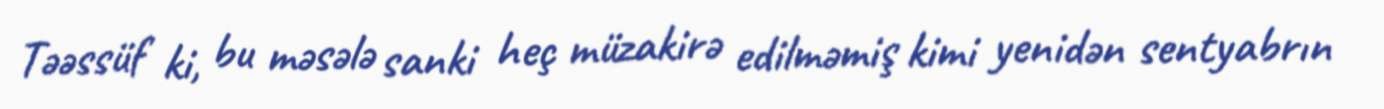
Təəssüf ki, bu məsələ sanki heç müzakirə edilməmiş kimi yenidən sentyabrın